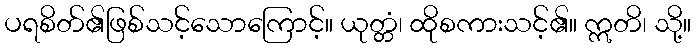
ပရစိတ်၏ဖြစ်သင့်သောကြောင့်။ ယုတ္တံ၊ ထိုစကားသင့်၏။ ဣတိ၊ သို့။